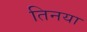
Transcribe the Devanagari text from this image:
तिनया